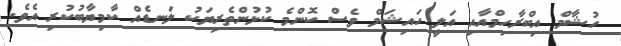
ހުޝާމް އިބްރާހިމްއާއި އަލީ ހައިޝަމް ވެސް ކޮންމެ ކުޅުންތެރިޔަކު ލަނޑެއް ކާމިޔާބުކުރި އެވެ.